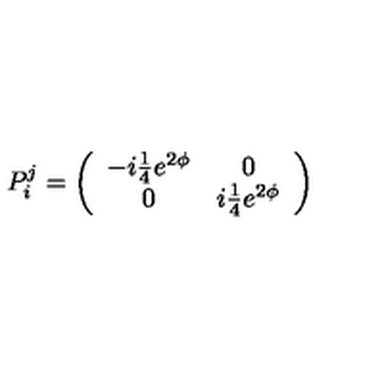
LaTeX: P _ { i } ^ { j } = \left( \begin{array} { c c } { - i { \textstyle { \frac { 1 } { 4 } } } e ^ { 2 \phi } } & { 0 } \\ { 0 } & { i { \textstyle { \frac { 1 } { 4 } } } e ^ { 2 \phi } } \\ \end{array} \right)